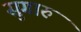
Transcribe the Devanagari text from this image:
सुगारु